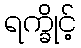
ရက္ခိုင့်